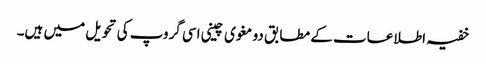
خفیہ اطلاعات کے مطابق دو مغوی چینی اسی گروپ کی تحویل میں ہیں۔